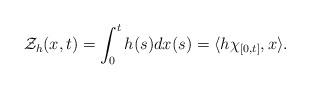
LaTeX: \begin{align*}\mathcal{Z}_h(x,t)=\int_0^t h(s) d x(s)=\langle{h\chi_{[0,t]},x}\rangle.\end{align*}